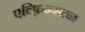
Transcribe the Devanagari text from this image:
एल्फ़िन्स्टन